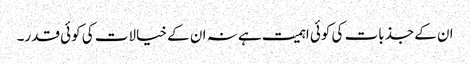
ان کے جذبات کی کوئی اہمیت ہے نہ ان کے خیالات کی کوئی قدر۔